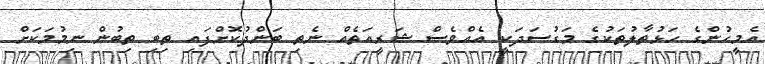
އެމީހުންގެ ހަޅުތާލުތަކުގެ މަގުސަދަކީ އެއްވެސް ޝަރީއަތެއް ނެތި ބަންދުކޮށްފައި ތިބި ތިބުން ނިމުމަކަށް